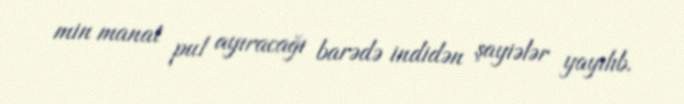
min manat pul ayıracağı barədə indidən şayiələr yayılıb.